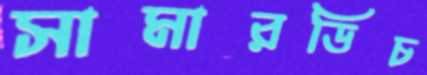
সামারডিচ